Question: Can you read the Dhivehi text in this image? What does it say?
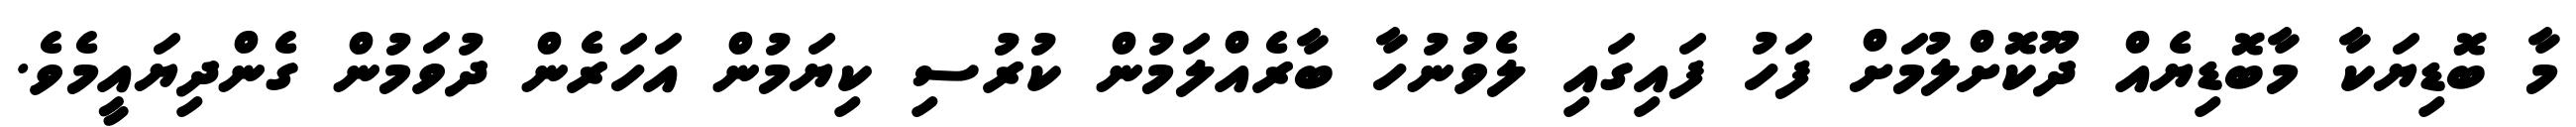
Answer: މާ ބޮޑިޔަކާ މާބޮޑިޔެއް ދޫކޮށްލުމަށް ފަހު ފައިގައި ލެވުނުހާ ބާރެއްލަމުން ކުރުސި ކިޔަމުން އަހަރެން ދުވަމުން ގެންދިޔައީމެވެ.